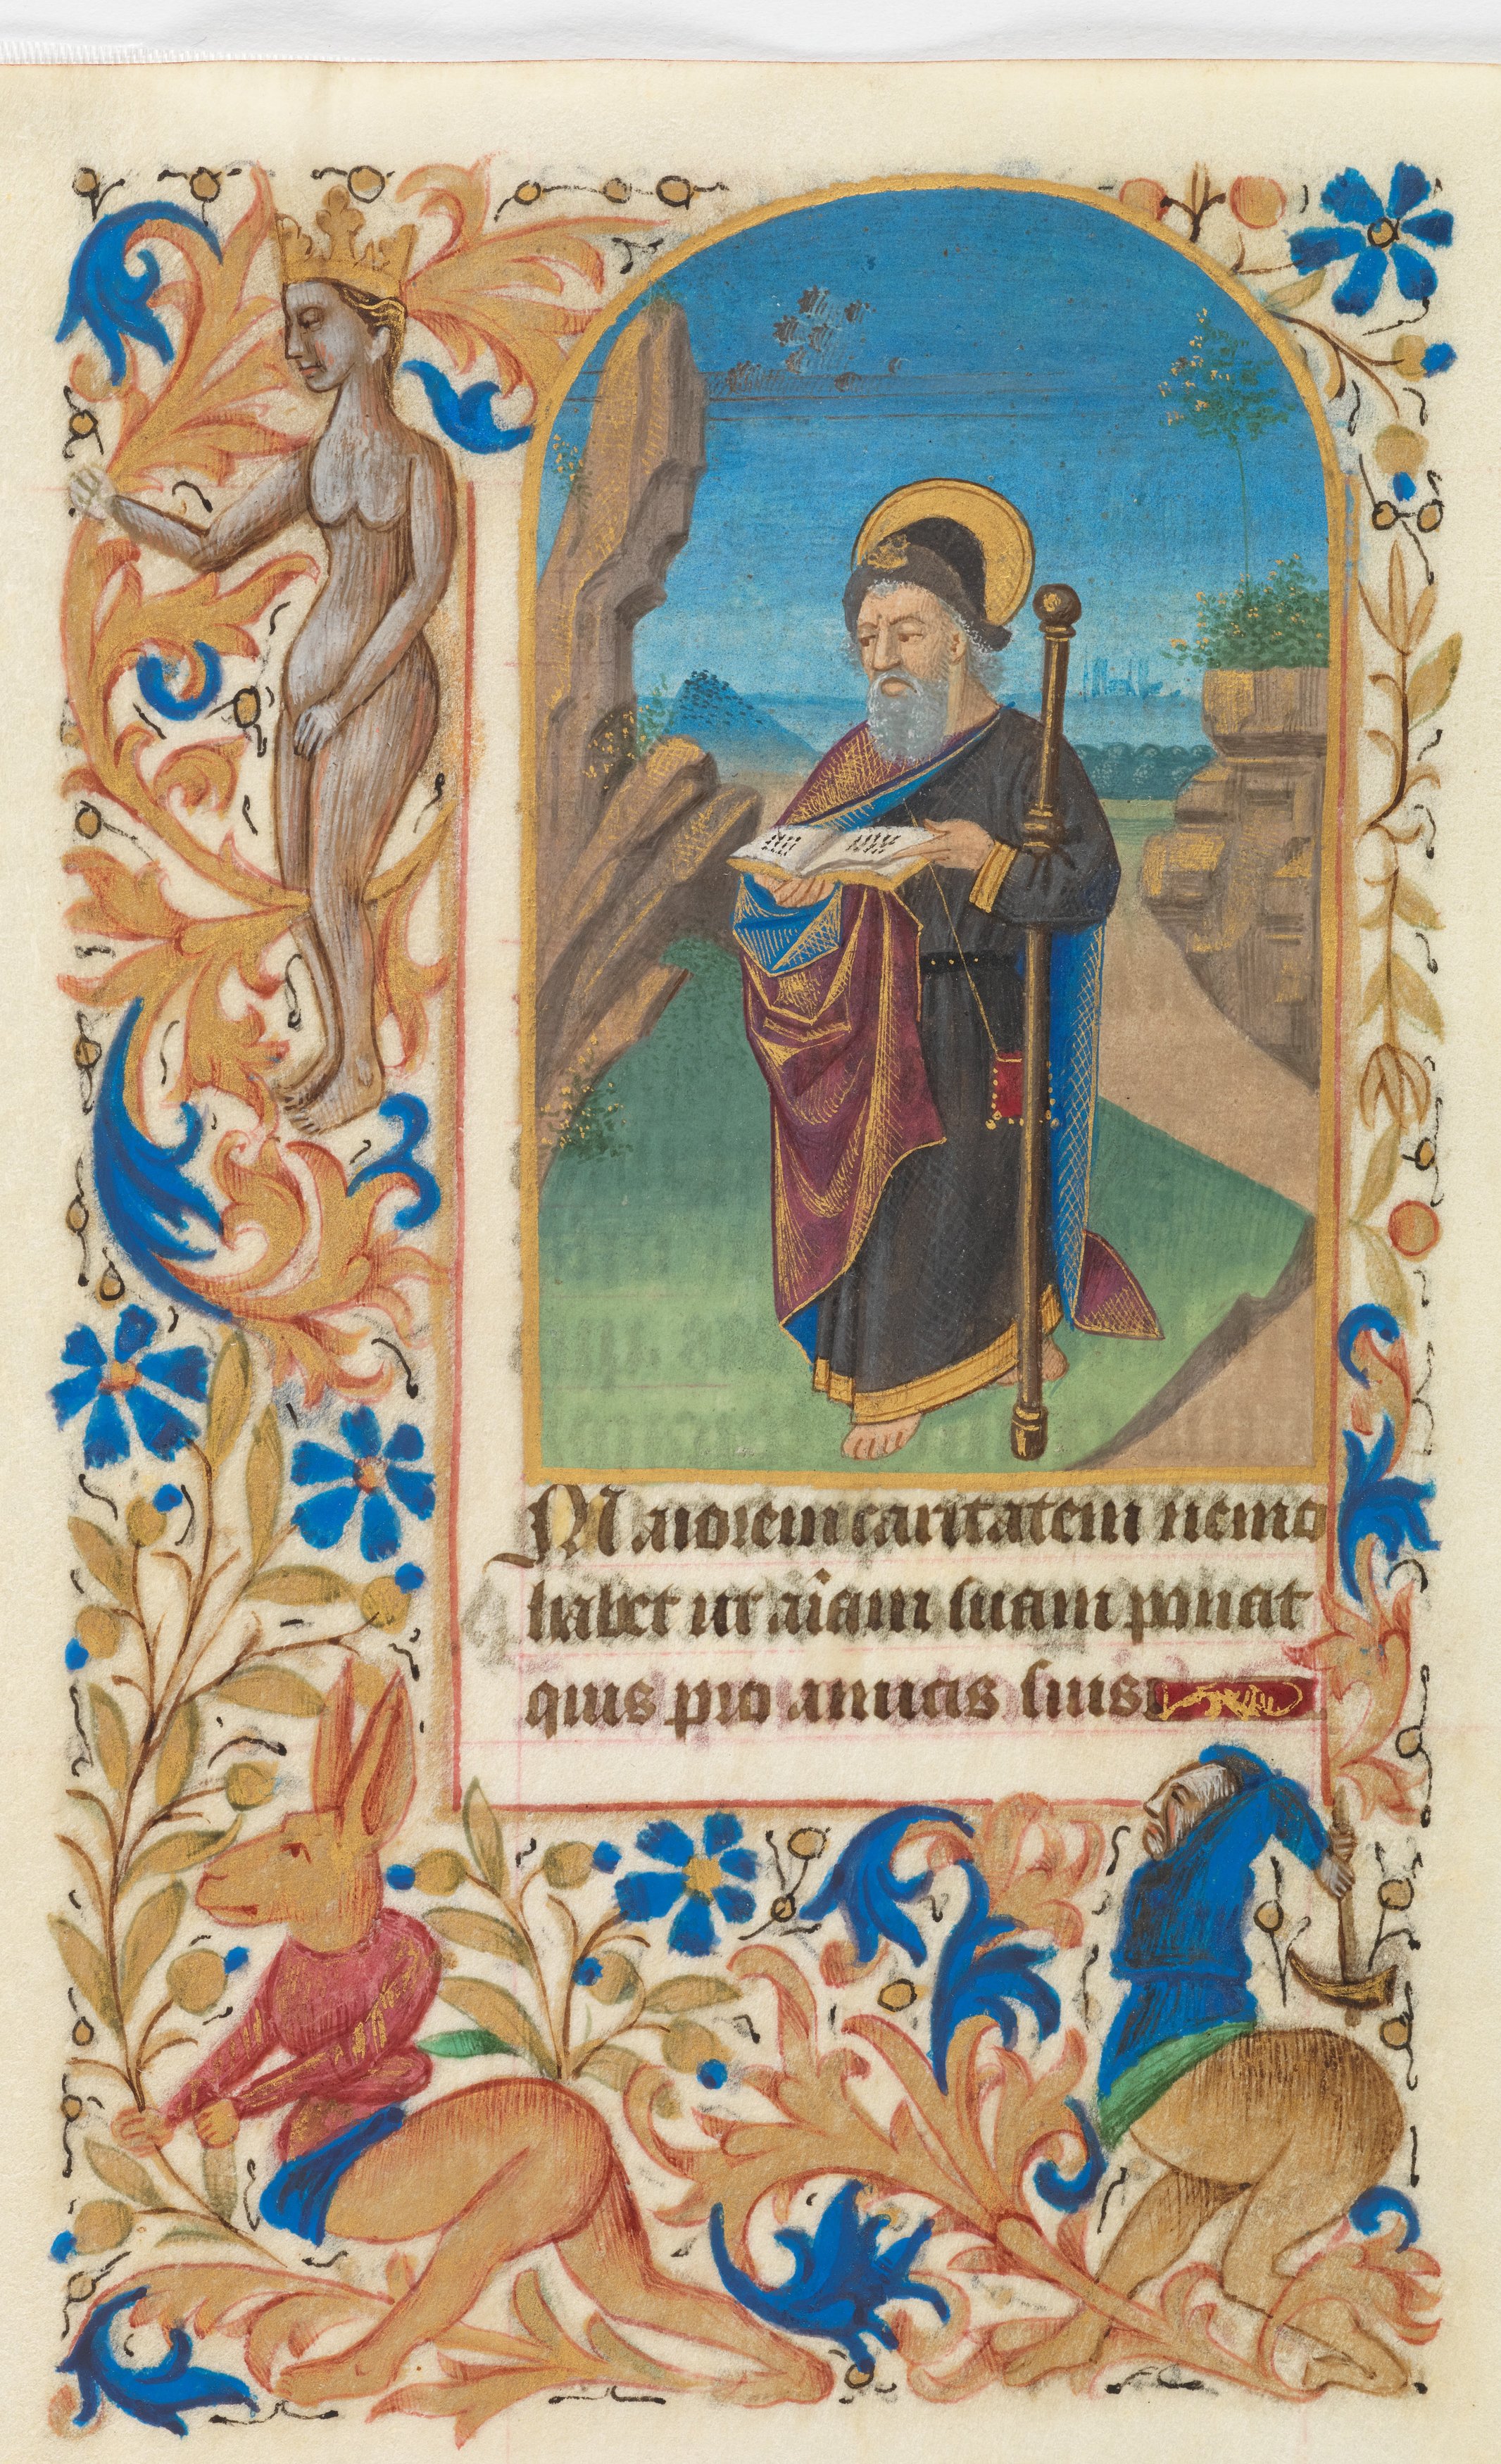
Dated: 1450–1460